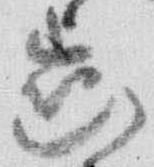
歯